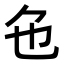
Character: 𬼜